Distribution and causation of leprosy in British India
Year: 1875
Disease focus: Leprosy
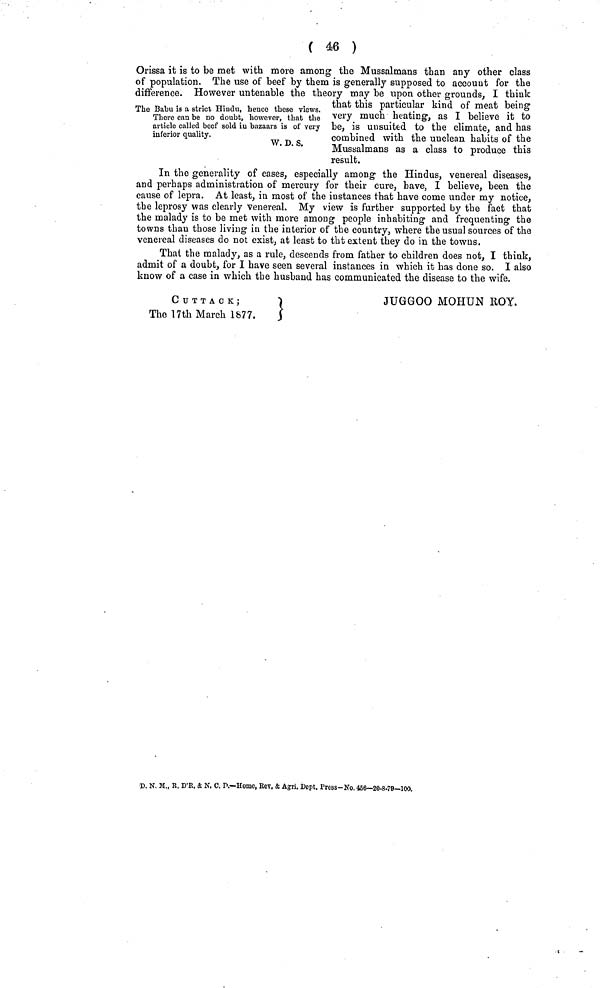
( 46 )
Orissa it is to be met with more among the Mussalmans than any other class
of population. The use of beef by them is generally supposed to account for the
difference. However untenable the theory may be upon other grounds, I think
that this particular kind of meat being
very much heating, as I believe it to
be, is unsuited to the climate, and has
combined with the unclean habits of the
Mussalmans as a class to produce this
result.
The Babu is a strict Hindu, hence these views.
There can be no doubt, however, that the
article called beef sold in bazaars is of very
inferior quality.
W. D. S.
In the generality of cases, especially among the Hindus, venereal diseases,
and perhaps administration of mercury for their cure, have, I believe, been the
cause of lepra. At least, in most of the instances that have come under my notice,
the leprosy was clearly venereal. My view is further supported by the fact that
the malady is to be met with more among people inhabiting and frequenting the
towns than those living in the interior of the country, where the usual sources of the
venereal diseases do not exist, at least to tht extent they do in the towns.
That the malady, as a rule, descends from father to children does not, I think,
admit of a doubt, for I have seen several instances in which it has done so. I also
know of a case in which the husband has communicated the disease to the wife.
The 17th March 1877.
JUGGOO MOHUN ROY.
D. N. M., R. D'R, & N. C, P.—Home, Rev. & Agri. Dept. Press—No. 456—20-8-79—100.